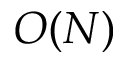
O ( N )